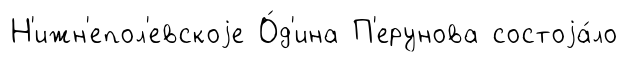
Н'ижн'епол'евскоjе О́д'ина П'ерунова состоjа́ло